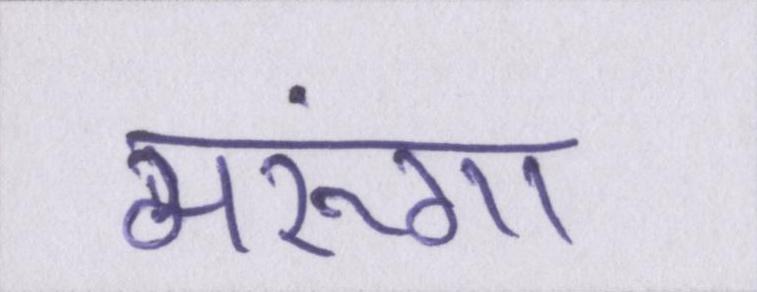
मरूंगा